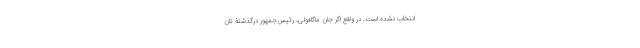
انتخاب نشده است. در واقع اگر جان ماگافولی، رئیس‌جمهور درگذشتۀ تان